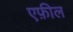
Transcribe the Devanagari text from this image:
एफ़ील